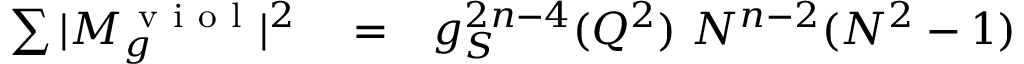
\begin{array} { r l r } { \sum \vert M _ { g } ^ { \mathrm { ~ v ~ i ~ o ~ l ~ } } \vert ^ { 2 } } & { { } = } & { g _ { S } ^ { 2 n - 4 } ( Q ^ { 2 } ) ~ N ^ { n - 2 } ( N ^ { 2 } - 1 ) } \end{array}